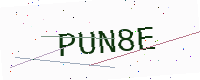
Text: PUN8E